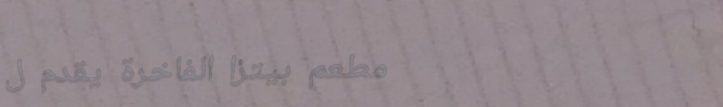
مطعم بيتزا الفاخرة يقدم ل